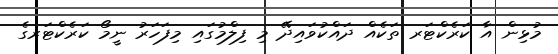
މުޅިން އާ ކަރެކްޓަރ ތަކެއް ދައްކުވައިދޭ މި ފިލްމުގައި މިފަހަރު ނީމޯ ކަރެކްޓަރގެ